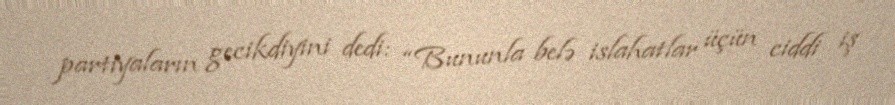
partiyaların gecikdiyini dedi: “Bununla belə islahatlar üçün ciddi iş